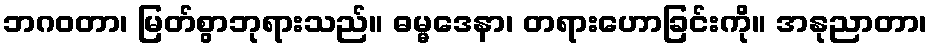
ဘဂဝတာ၊ မြတ်စွာဘုရားသည်။ ဓမ္မဒေနာ၊ တရားဟောခြင်းကို။ အနုညာတာ၊